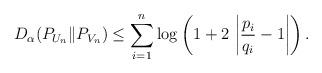
LaTeX: \begin{align*}D_{\alpha}(P_{U_n} \| P_{V_n}) \leq \sum_{i=1}^n \log \left(1 + 2 \, \left|\frac{p_i}{q_i}-1\right| \right).\end{align*}